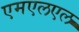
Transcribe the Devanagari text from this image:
एमएलएल